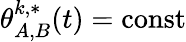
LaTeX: \theta_{A,B}^{k,*}(t)=\mathrm{const}